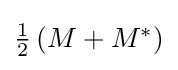
{\textstyle {\frac {1}{2}}\left(M+M^{*}\right)}